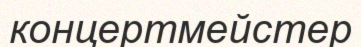
концертмейстер